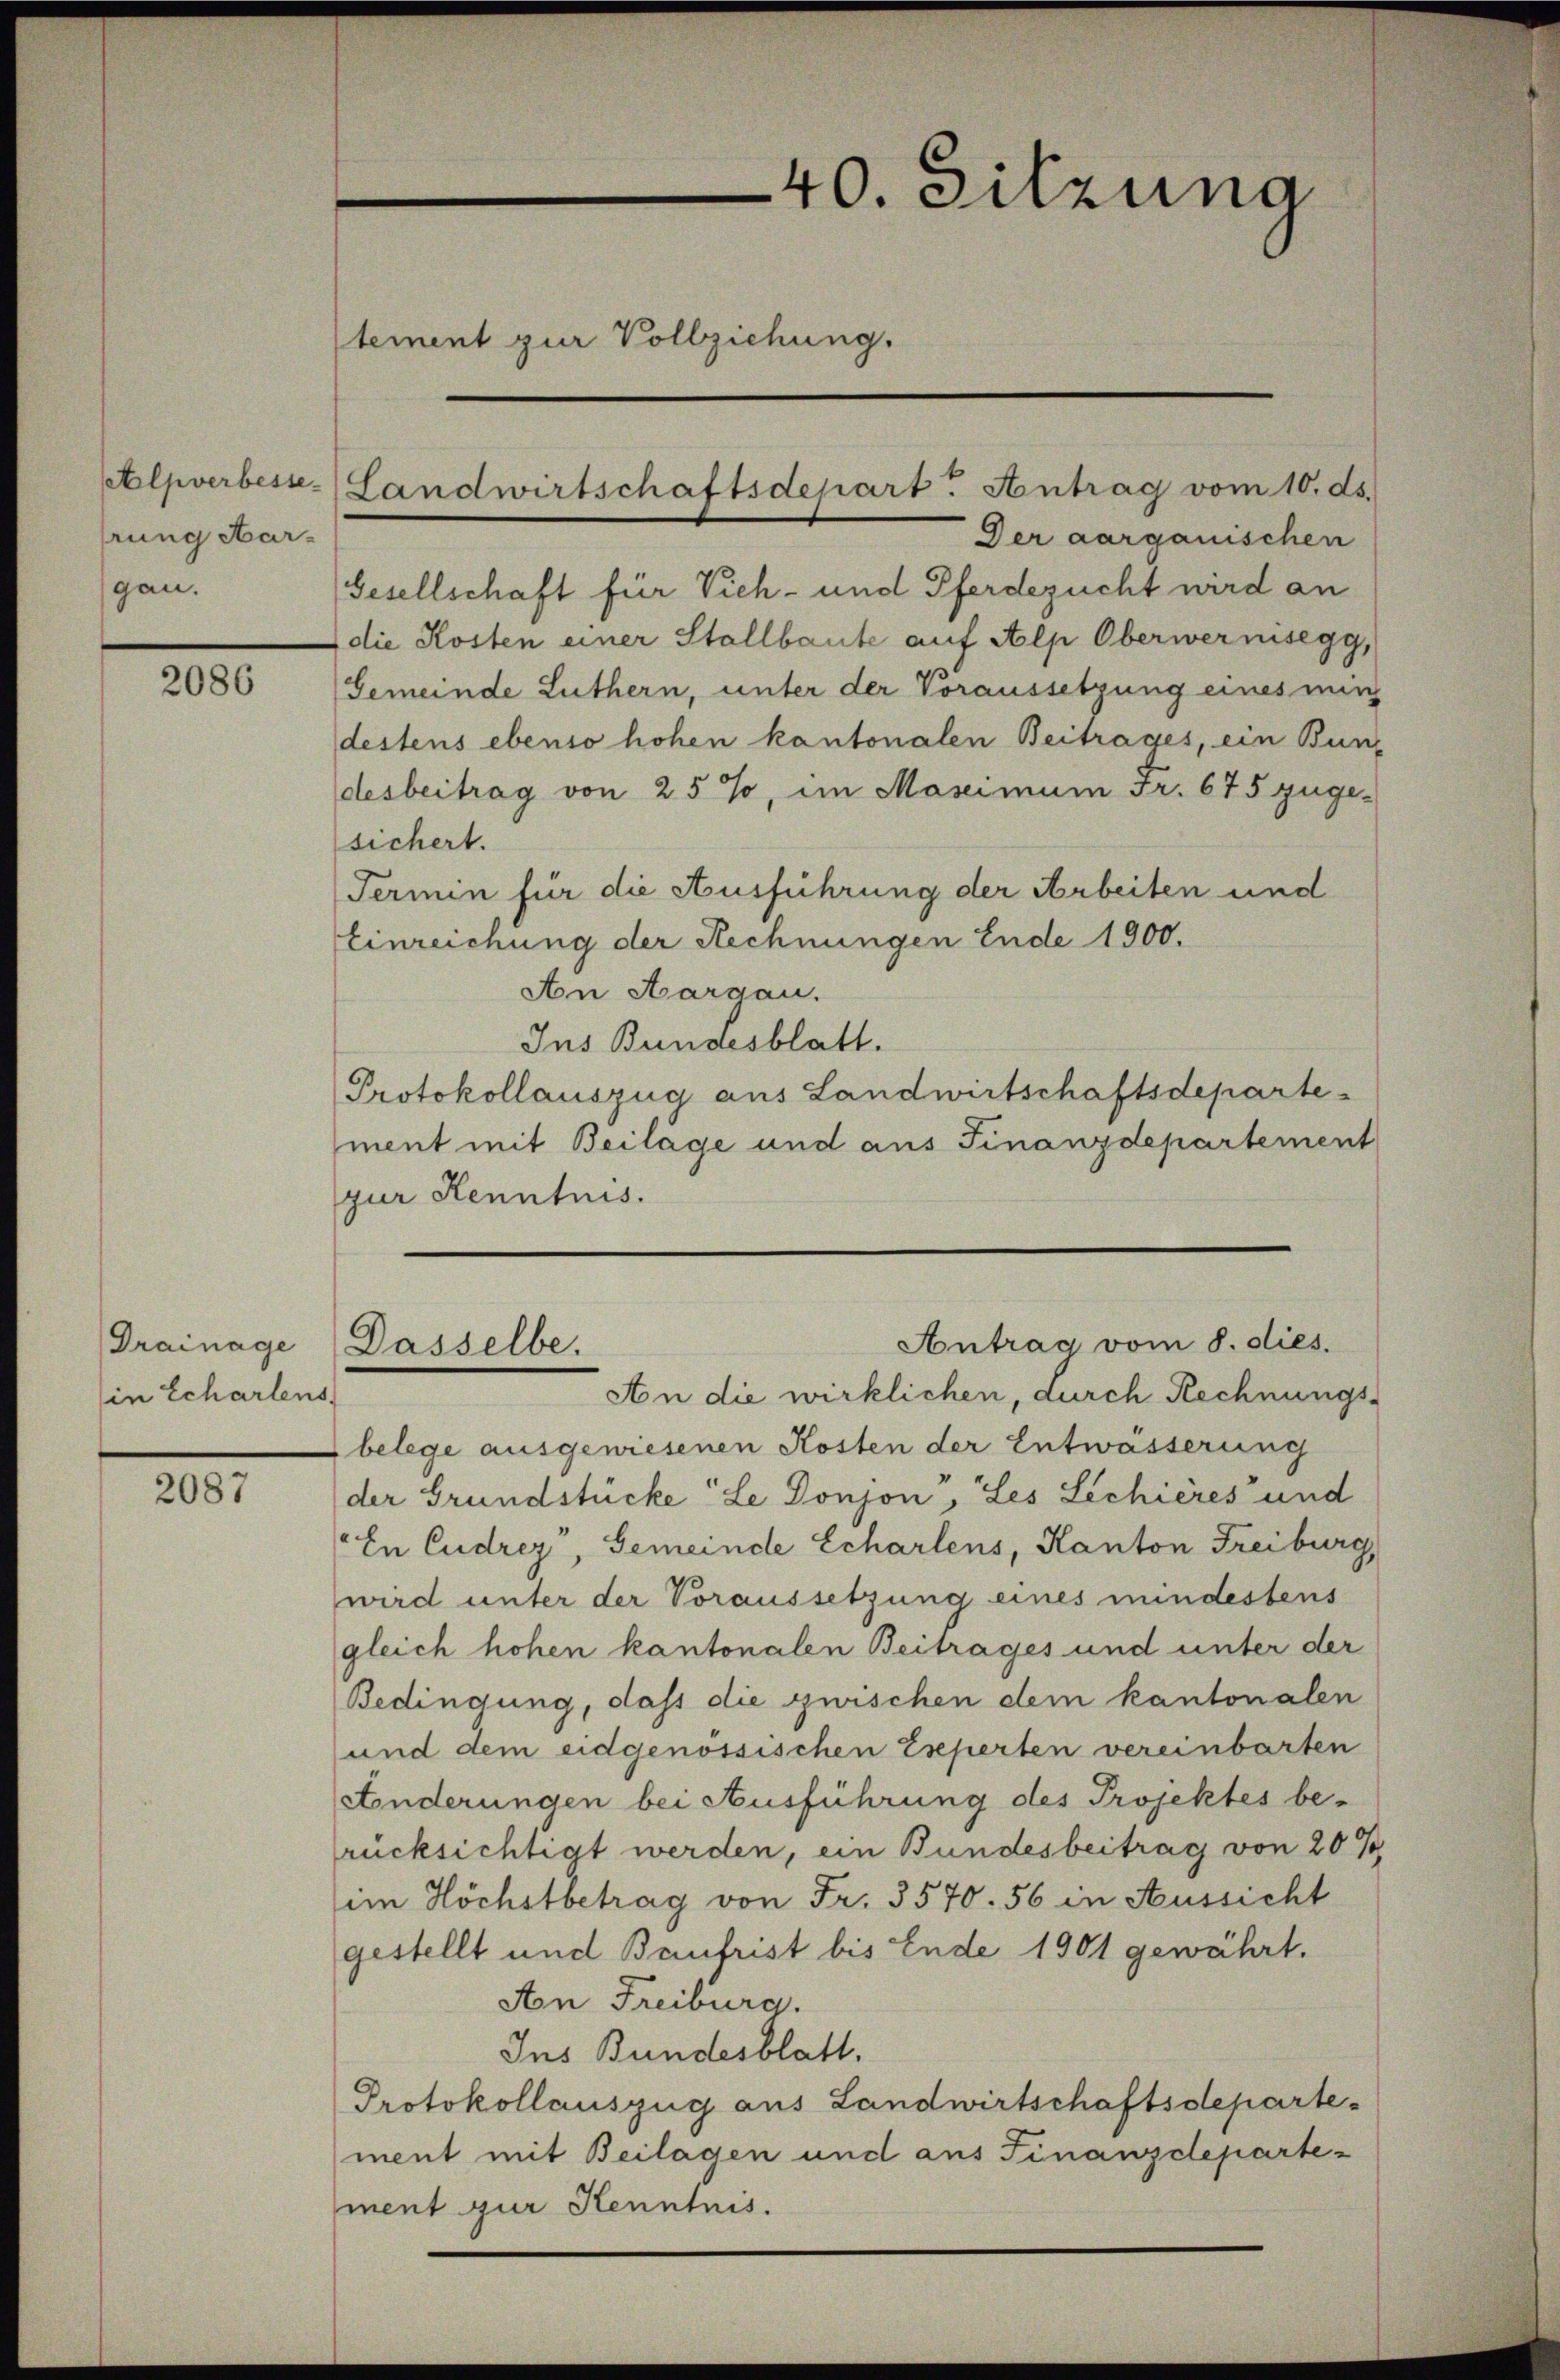
hrung Hargan.

2086

Der aargauischen
Gesellschaft für Vieh- und Pferdezucht wird an
die Kosten einer Stallbaute auf Alp Oberwernisegg,
Gemeinde Luthern, unter der Voraussetzung eines mir
destens ebenso hohen kantonalen Beitrages, ein Bundesbeitrag von 25 %, im Maximum Fr. 675 zugesichert.
Termin für die Ausführung der Arbeiten und
Einreichung der Rechnungen Ende 1900.
An Aargau.
Ins Bundesblatt.
Protokollauszug aus Landwirtschaftsdeparte
ment mit Beilage und aus Finanzdepartement
zur Kenntnis.

Drainage
in Schartens

2087

tement zur Vollziehung.

Alpverbesse-Landwirtschaftsdepart. Antrag vom 10. ds.

Dasselbe.

40. Sitzung

An die wirklichen, durch Rechnungsbelege ausgewiesenen Kosten der Entwässerung
der Grundstücke Le Donjon, Les Lechières und
En Cudrez, Gemeinde Scharlens, Kanton Freiburg,
wird unter der Voraussetzung eines mindestens
gleich hohen kantonalen Beitrages und unter der
Bedingung, dass die zwischen dem kantonalen
und dem eidgenössischen Experten vereinbarten
Änderungen bei Ausführung des Projektes berücksichtigt werden, ein Bundesbeitrag von 20 %
im Höchstbetrag von Fr. 3570. 56 in Aussicht
gestellt und Baufrist bis Ende 1901 gewährt.
Aon Freiburg.
Ins Bundesblatt.
Protokollauszug aus Landwirtschaftsdepartement mit Beilagen und aus Finanzdepartement zur Kenntnis.

Antrag vom 8. dies.